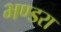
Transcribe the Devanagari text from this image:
भण्डरा